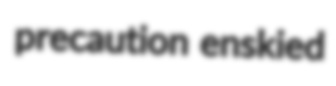
precaution enskied